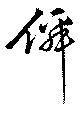
仙